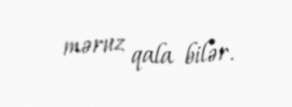
məruz qala bilər.